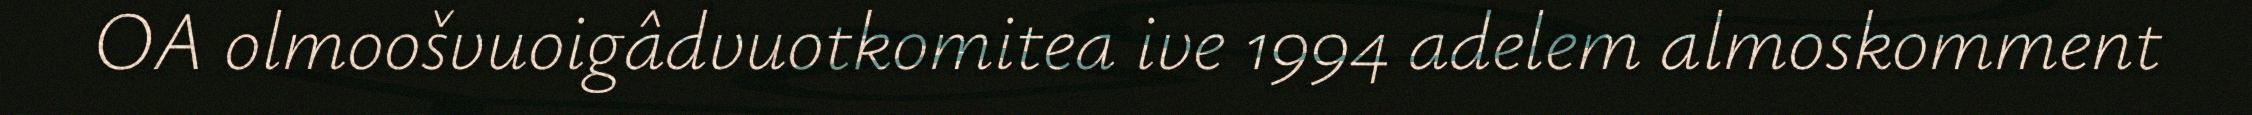
OA olmoošvuoigâdvuotkomitea ive 1994 adelem almoskomment